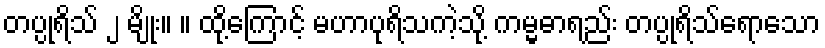
တပ္ပုရိသ် ၂ မျိုး။ ။ ထို့ကြောင့် မဟာပုရိသကဲ့သို့ ကမ္မဓာရည်း တပ္ပုရိသ်ရောသော